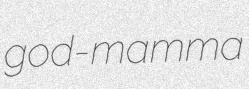
god-mamma